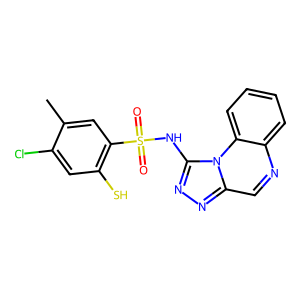
SMILES: Cc1cc(S(=O)(=O)Nc2nnc3cnc4ccccc4n23)c(S)cc1Cl
Inhibits HIV replication: Yes